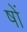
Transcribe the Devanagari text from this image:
षों